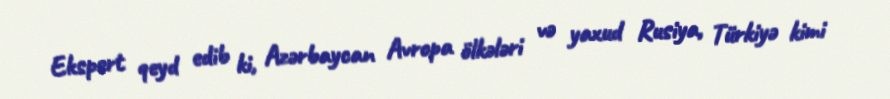
Ekspert qeyd edib ki, Azərbaycan Avropa ölkələri və yaxud Rusiya, Türkiyə kimi